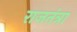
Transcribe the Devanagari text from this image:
राजतंत्रा